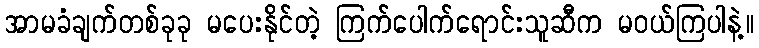
အာမခံချက်တစ်ခုခု မပေးနိုင်တဲ့ ကြက်ပေါက်ရောင်းသူဆီက မဝယ်ကြပါနဲ့။